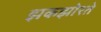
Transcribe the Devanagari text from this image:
झकझोरते